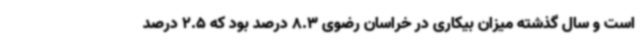
است و سال گذشته میزان بیکاری در خراسان رضوی 8.3 درصد بود که 2.5 درصد